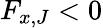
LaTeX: F_{x,J}<0